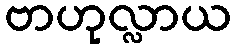
ဗာဟုလ္လာယ